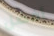
أفضل